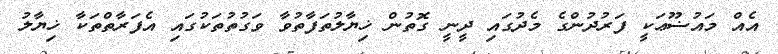
އެއް މައުޟޫޢަކީ ފަރުދުންގެ މެދުގައި ދީނީ ގޮތުން ޚިޔާލުތަފާތުވާ ވަގުތުތަކުގައި އެފަރާތްތަކާ ޚިޔާލު